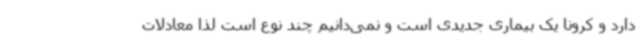
دارد و کرونا یک بیماری جدیدی است و نمی‌دانیم چند نوع است لذا معادلات